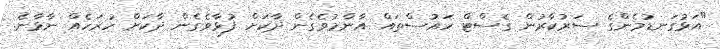
"އަޅުގަނޑުމެންގެ ސަރުކާރުން ގެސްޓް ހައުސްތައް އާންމުވެގެން ދާކަށް ފުޅާވެގެން ދާކަށް ހުރަހެއް ނާޅާނެ.